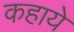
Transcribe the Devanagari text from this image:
कहाये